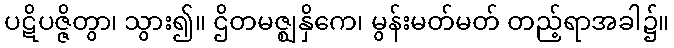
ပဋိပဇ္ဇိတွာ၊ သွား၍။ ဌိတမဇ္ဈနှိကေ၊ မွန်းမတ်မတ် တည့်ရာအခါ၌။